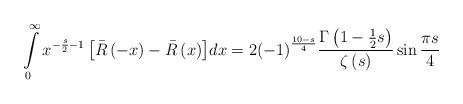
LaTeX: \begin{align*}\int\limits_0^\infty {{x^{ - \frac{s}{2} - 1}}\left[ {\bar R\left( { - x} \right) - \bar R\left( x \right)} \right]} dx = 2{\left( { - 1} \right)^{\frac{{10 - s}}{4}}}\frac{{\Gamma \left( {1 - \frac{1}{2}s} \right)}}{{\zeta \left( s \right)}}\sin \frac{{\pi s}}{4} \end{align*}